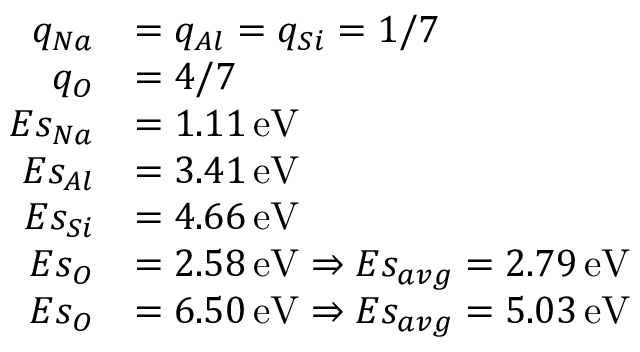
\begin{array} { r l } { q _ { N a } } & { = q _ { A l } = q _ { S i } = 1 / 7 } \\ { q _ { O } } & { = 4 / 7 } \\ { E s _ { N a } } & { = 1 . 1 1 \, \mathrm { e V } } \\ { E s _ { A l } } & { = 3 . 4 1 \, \mathrm { e V } } \\ { E s _ { S i } } & { = 4 . 6 6 \, \mathrm { e V } } \\ { E s _ { O } } & { = 2 . 5 8 \, \mathrm { e V } \Rightarrow E s _ { a v g } = 2 . 7 9 \, \mathrm { e V } } \\ { E s _ { O } } & { = 6 . 5 0 \, \mathrm { e V } \Rightarrow E s _ { a v g } = 5 . 0 3 \, \mathrm { e V } } \end{array}